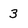
Character: 3